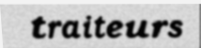
traiteurs